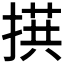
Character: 𪮙